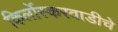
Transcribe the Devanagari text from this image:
किर्लोस्करवाडीचे